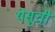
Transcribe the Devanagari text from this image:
येसूची